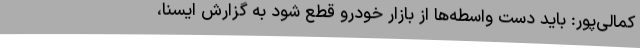
کمالی‌پور: باید دست واسطه‌ها از بازار خودرو قطع شود به گزارش ایسنا،